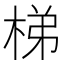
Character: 梯